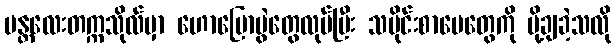
မန္တလေးတက္ကသိုလ်မှာ ဟောပြောပွဲတွေလုပ်ပြီး သမိုင်းစာပေတွေကို ပို့ချခဲ့သလို